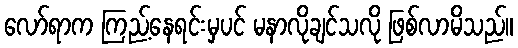
လော်ရာက ကြည့်နေရင်းမှပင် မနာလိုချင်သလို ဖြစ်လာမိသည်။